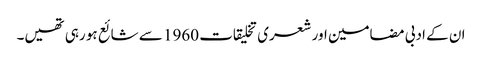
ان کے ادبی مضامین اور شعری تخلیقات 1960 سے شائع ہو رہی تھیں۔